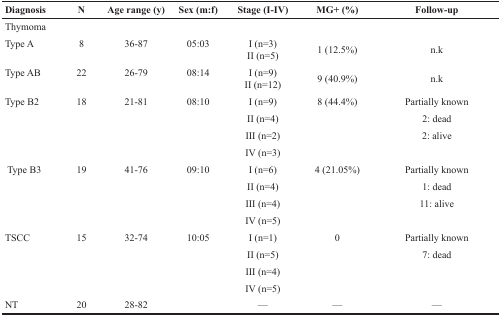
<table><thead><tr><td><b>Diagnosis</b></td><td><b>N</b></td><td><b>Age range (y)</b></td><td><b>Sex (m:f)</b></td><td><b>Stage (I-IV)</b></td><td><b>MG+ (%)</b></td><td><b>Follow-up</b></td></tr></thead><tbody><tr><td colspan="7">Thymoma</td></tr><tr><td>Type A</td><td>8</td><td>36-87</td><td>05:03</td><td>I (n=3)II (n=5)</td><td>1 (12.5%)</td><td>n.k</td></tr><tr><td>Type AB</td><td>22</td><td>26-79</td><td>08:14</td><td>I (n=9)II (n=12)</td><td>9 (40.9%)</td><td>n.k</td></tr><tr><td>Type B2</td><td>18</td><td>21-81</td><td>08:10</td><td>I (n=9)</td><td>8 (44.4%)</td><td>Partially known</td></tr><tr><td></td><td></td><td></td><td></td><td>II (n=4)</td><td></td><td>2: dead</td></tr><tr><td></td><td></td><td></td><td></td><td>III (n=2)</td><td></td><td>2: alive</td></tr><tr><td></td><td></td><td></td><td></td><td>IV (n=3)</td><td></td><td></td></tr><tr><td>Type B3</td><td>19</td><td>41-76</td><td>09:10</td><td>I (n=6)</td><td>4 (21.05%)</td><td>Partially known</td></tr><tr><td></td><td></td><td></td><td></td><td>II (n=4)</td><td></td><td>1: dead</td></tr><tr><td></td><td></td><td></td><td></td><td>III (n=4)</td><td></td><td>11: alive</td></tr><tr><td></td><td></td><td></td><td></td><td>IV (n=5)</td><td></td><td></td></tr><tr><td>TSCC</td><td>15</td><td>32-74</td><td>10:05</td><td>I (n=1)</td><td>0</td><td>Partially known</td></tr><tr><td></td><td></td><td></td><td></td><td>II (n=5)</td><td></td><td>7: dead</td></tr><tr><td></td><td></td><td></td><td></td><td>III (n=4)</td><td></td><td></td></tr><tr><td></td><td></td><td></td><td></td><td>IV (n=5)</td><td></td><td></td></tr><tr><td>NT</td><td>20</td><td>28-82</td><td></td><td>—</td><td>—</td><td>—</td></tr></tbody></table>